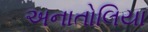
અનાતોલિયા